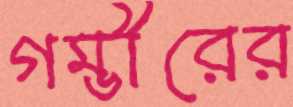
গম্ভীরের